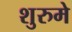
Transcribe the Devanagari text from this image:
शुरुमे